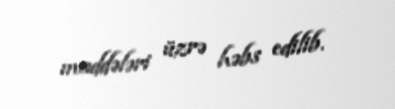
maddələri üzrə həbs edilib.